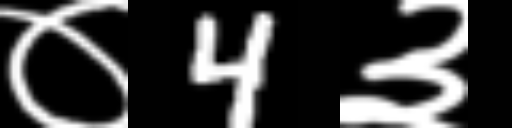
Text: ०4३